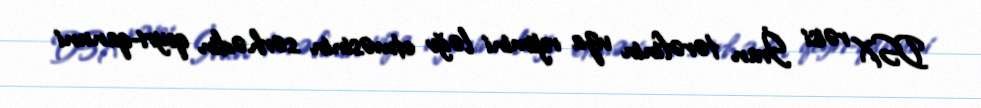
DSX rəisi İran tərəfinin viza rejimini ləğv etməsinin sərhədin qeyri-qanuni